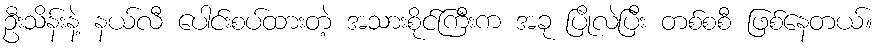
ဦးသိန်းနဲ့ နယ်လီ ပေါင်းစပ်ထားတဲ့ အသားစိုင်ကြီးက အခု ပြိုလဲပြီး တစ်စစီ ဖြစ်နေတယ်။